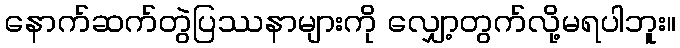
နောက်ဆက်တွဲပြဿနာများကို လျှော့တွက်လို့မရပါဘူး။